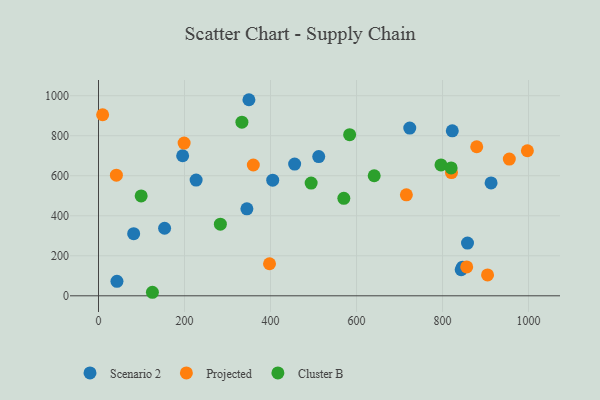
{"axis": {"x": "Speed", "y": "Fuel Efficiency"}, "legend": ["Cluster B", "Projected", "Scenario 2"], "data": [{"x": "227.0", "y": 578.2, "type": "Scenario 2"}, {"x": "846.4", "y": 143.0, "type": "Scenario 2"}, {"x": "345.1", "y": 434.5, "type": "Scenario 2"}, {"x": "456.1", "y": 658.3, "type": "Scenario 2"}, {"x": "153.7", "y": 337.5, "type": "Scenario 2"}, {"x": "912.9", "y": 564.3, "type": "Scenario 2"}, {"x": "858.1", "y": 263.5, "type": "Scenario 2"}, {"x": "822.7", "y": 824.6, "type": "Scenario 2"}, {"x": "405.1", "y": 577.8, "type": "Scenario 2"}, {"x": "843.4", "y": 130.5, "type": "Scenario 2"}, {"x": "81.8", "y": 310.5, "type": "Scenario 2"}, {"x": "349.8", "y": 979.9, "type": "Scenario 2"}, {"x": "195.7", "y": 700.0, "type": "Scenario 2"}, {"x": "42.9", "y": 72.5, "type": "Scenario 2"}, {"x": "512.1", "y": 696.0, "type": "Scenario 2"}, {"x": "723.8", "y": 838.2, "type": "Scenario 2"}, {"x": "955.3", "y": 683.2, "type": "Projected"}, {"x": "41.6", "y": 602.9, "type": "Projected"}, {"x": "9.6", "y": 904.7, "type": "Projected"}, {"x": "820.8", "y": 615.8, "type": "Projected"}, {"x": "856.2", "y": 144.5, "type": "Projected"}, {"x": "879.5", "y": 745.0, "type": "Projected"}, {"x": "715.9", "y": 504.4, "type": "Projected"}, {"x": "199.1", "y": 763.4, "type": "Projected"}, {"x": "360.0", "y": 653.6, "type": "Projected"}, {"x": "904.7", "y": 104.5, "type": "Projected"}, {"x": "997.3", "y": 724.8, "type": "Projected"}, {"x": "397.7", "y": 160.1, "type": "Projected"}, {"x": "125.4", "y": 17.6, "type": "Cluster B"}, {"x": "333.5", "y": 867.9, "type": "Cluster B"}, {"x": "570.5", "y": 486.9, "type": "Cluster B"}, {"x": "584.0", "y": 805.1, "type": "Cluster B"}, {"x": "494.5", "y": 563.5, "type": "Cluster B"}, {"x": "641.1", "y": 599.9, "type": "Cluster B"}, {"x": "99.2", "y": 499.2, "type": "Cluster B"}, {"x": "796.4", "y": 654.0, "type": "Cluster B"}, {"x": "820.0", "y": 639.2, "type": "Cluster B"}, {"x": "283.4", "y": 357.8, "type": "Cluster B"}]}